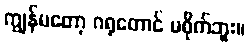
ကျွန်မတော့ ဂရုတောင် မစိုက်ဘူး။